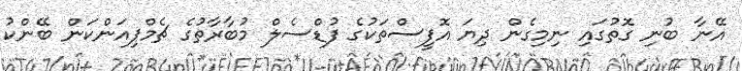
އޭނާ ބުނި ގޮތުގައި ނިމިގެން ދިޔަ އޮފީސްތަކުގެ ފުޑްސެލް މުބާރާތުގެ ޗެމްޕިއަންކަން ބޭންކު